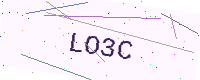
Text: LO3C